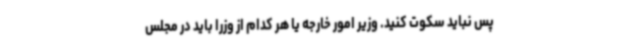
پس نباید سکوت کنید. وزیر امور خارجه یا هر کدام از وزرا باید در مجلس